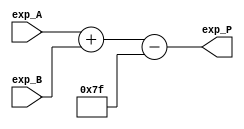
module exp_add (exp_A, exp_B, exp_P);
    
    input [7:0] exp_A, exp_B;
    output [7:0] exp_P;

    //wire [7:0] A, B, P;

    assign exp_P = exp_A + exp_B - 7'd127;    //(A - bias) + (b - bias) + bias



endmodule